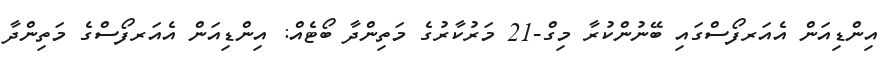
އިންޑިއަން އެއަރފޯސްގައި ބޭނުންކުރާ މިގް-21 މަރުކާރުގެ މަތިންދާ ބޯޓެއް: އިންޑިއަން އެއަރފޯސްގެ މަތިންދާ